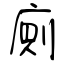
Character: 廁